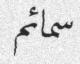
سمائم